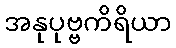
အနုပုဗ္ဗကိရိယာ